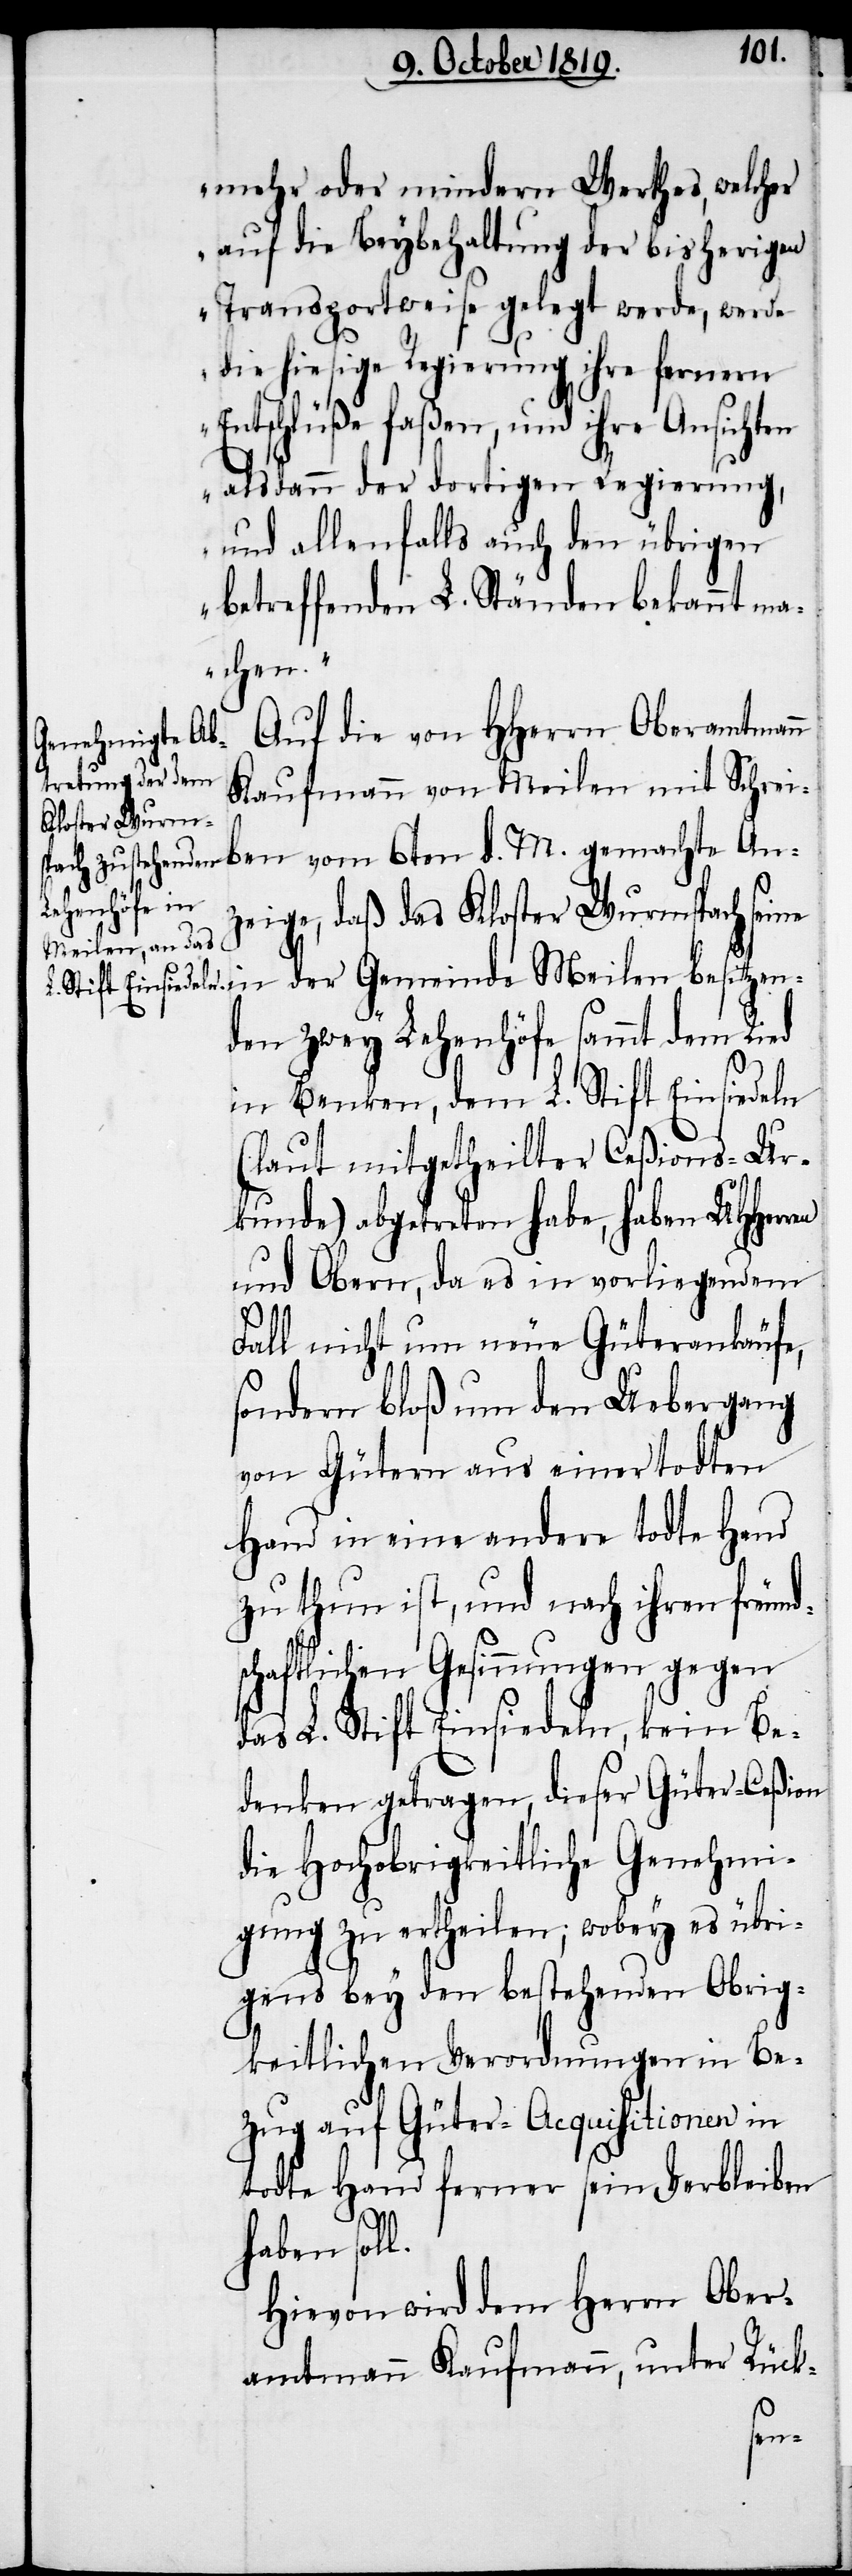
mehr oder mindern Werthes, welcher
auf die Beybehaltung der bisherigen
Transportweise gelegt werde, werde
die hiesige Regierung ihre fernern
Entschlüße faßen, und ihre Ansichten
alsdann der dortigen Regierung,
und allenfalls auch den übrigen
betreffenden L. Ständen bekannt ma¬
chen.“
Auf die von HHerrn Oberamtmann
Kaufmann von Meilen mit Schrei¬
ben vom 6ten d. M. gemachte An¬
zeige, daß das Kloster Wurmspach seine
in der Gemeinde Meilen besitzen¬
den zwey Lehenhöfe sammt dem Ried
in Benken, dem L. Stift Einsiedeln
(laut mitgetheilter Ceßions-Ur¬
kunde) abgetreten habe, haben UHHerren
und Obern, da es in vorliegendem
Fall nicht um neue Güterankäufe,
sondern bloß um den Uebergang
von Gütern aus einer todten
Hand in eine andere todte Hand
zu thun ist, und nach ihren freund¬
schaftlichen Gesinnungen gegen
das L. Stift Einsiedeln, kein Be¬
denken getragen, dieser Güter-Ceßion
die Hochobrigkeitliche Genehmi¬
gung zu ertheilen; wobey es übri¬
gens bey den bestehenden Obrig¬
keitlichen Verordnungen in Be¬
zug auf Güter-Acquisitionen in
todte Hand ferner sein Verbleiben
haben soll.
Hievon wird dem Herrn Ober¬
amtmann Kaufmann, unter Rück-